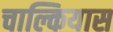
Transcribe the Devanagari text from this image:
चाल्कियास